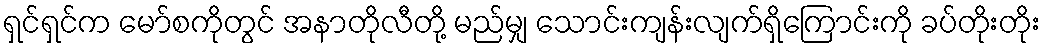
ရှင်ရှင်က မော်စကိုတွင် အနာတိုလီတို့ မည်မျှ သောင်းကျန်းလျက်ရှိကြောင်းကို ခပ်တိုးတိုး